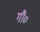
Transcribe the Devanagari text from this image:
गौ०